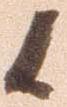
候